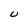
Character: U